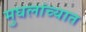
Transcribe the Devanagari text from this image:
मुघलांच्यात